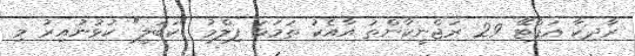
ރާދިކާ އަޕްޓޭ 29 ރަޖްނީކާންތު އާއެކު ތަމަޅަ ފިލްމު "ކަބަލީ" ކުޅުނުއިރު މި